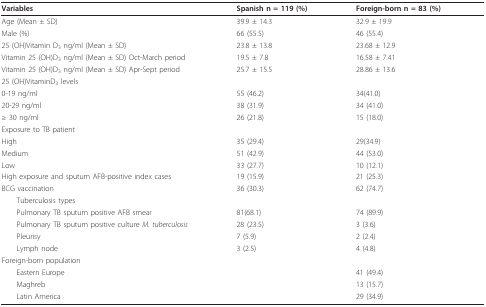
<table><thead><tr><td><b>Variables</b></td><td><b>Spanish n = 119 (%)</b></td><td><b>Foreign-born n = 83 (%)</b></td></tr></thead><tbody><tr><td>Age (Mean ± SD)</td><td>39.9 ± 14.3</td><td>32.9 ± 19.9</td></tr><tr><td>Male (%)</td><td>66 (55.5)</td><td>46 (55.4)</td></tr><tr><td>25 (OH)Vitamin D<sub>3 </sub>ng/ml (Mean ± SD)</td><td>23.8 ± 13.8</td><td>23.68 ± 12.9</td></tr><tr><td>Vitamin 25 (OH)D<sub>3 </sub>ng/ml (Mean ± SD) Oct-March period</td><td>19.5 ± 7.8</td><td>16.58 ± 7.41</td></tr><tr><td>Vitamin 25 (OH)D<sub>3 </sub>ng/ml (Mean ± SD) Apr-Sept period</td><td>25.7 ± 15.5</td><td>28.86 ± 13.6</td></tr><tr><td>25 (OH)VitaminD<sub>3 </sub>levels</td><td></td><td></td></tr><tr><td>0-19 ng/ml</td><td>55 (46.2)</td><td>34(41.0)</td></tr><tr><td>20-29 ng/ml</td><td>38 (31.9)</td><td>34 (41.0)</td></tr><tr><td>≥ 30 ng/ml</td><td>26 (21.8)</td><td>15 (18.0)</td></tr><tr><td>Exposure to TB patient</td><td></td><td></td></tr><tr><td>High</td><td>35 (29.4)</td><td>29(34.9)</td></tr><tr><td>Medium</td><td>51 (42.9)</td><td>44 (53.0)</td></tr><tr><td>Low</td><td>33 (27.7)</td><td>10 (12.1)</td></tr><tr><td>High exposure and sputum AFB-positive index cases</td><td>19 (15.9)</td><td>21 (25.3)</td></tr><tr><td>BCG vaccination</td><td>36 (30.3)</td><td>62 (74.7)</td></tr><tr><td> Tuberculosis types</td><td></td><td></td></tr><tr><td> Pulmonary TB sputum positive AFB smear</td><td>81(68.1)</td><td>74 (89.9)</td></tr><tr><td> Pulmonary TB sputum positive culture <i>M. tuberculosis</i></td><td>28 (23.5)</td><td>3 (3.6)</td></tr><tr><td> Pleurisy</td><td>7 (5.9)</td><td>2 (2.4)</td></tr><tr><td> Lymph node</td><td>3 (2.5)</td><td>4 (4.8)</td></tr><tr><td>Foreign-born population</td><td></td><td></td></tr><tr><td> Eastern Europe</td><td></td><td>41 (49.4)</td></tr><tr><td> Maghreb</td><td></td><td>13 (15.7)</td></tr><tr><td> Latin America</td><td></td><td>29 (34.9)</td></tr></tbody></table>